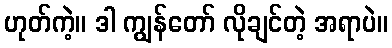
ဟုတ်ကဲ့။ ဒါ ကျွန်တော် လိုချင်တဲ့ အရာပဲ။